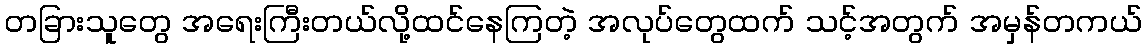
တခြားသူတွေ အရေးကြီးတယ်လို့ထင်နေကြတဲ့ အလုပ်တွေထက် သင့်အတွက် အမှန်တကယ်